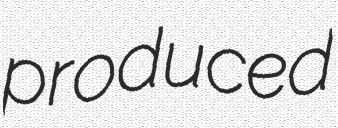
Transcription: produced